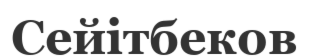
Сейітбеков